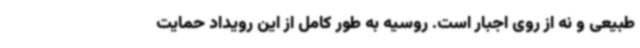
طبیعی و نه از روی اجبار است. روسیه به طور کامل از این رویداد حمایت